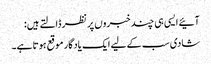
آئیے ایسی ہی چند خبروں پر نظر ڈالتے ہیں:
شادی سب کے لیے ایک یادگار موقع ہوتا ہے۔